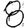
Digit: 8